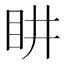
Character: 𭾠